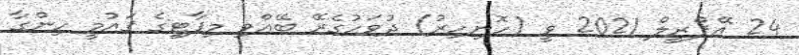
24 އޭޕްރީލް 2021 ވީ (ހޮނިހިރު) ދުވަހުގެރޭ ބޭއްވި މިޕާޓީގެ ޤައުމީ ހިންގާ